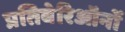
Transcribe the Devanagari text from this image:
प्रतिबेरिऑनों